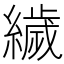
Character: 𦅵